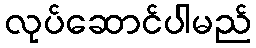
လုပ်ဆောင်ပါမည်